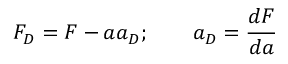
F _ { D } = F - a a _ { D } ; \qquad a _ { D } = \frac { d F } { d a }